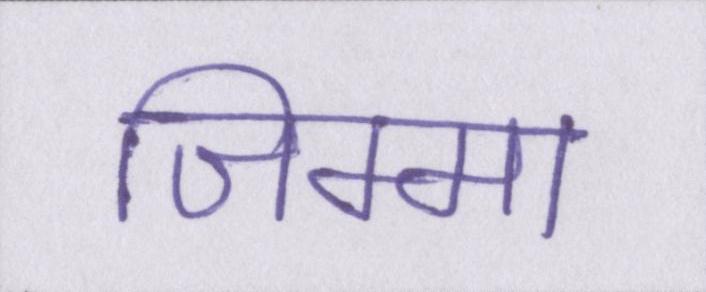
जिम्मा